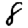
Digit: 8